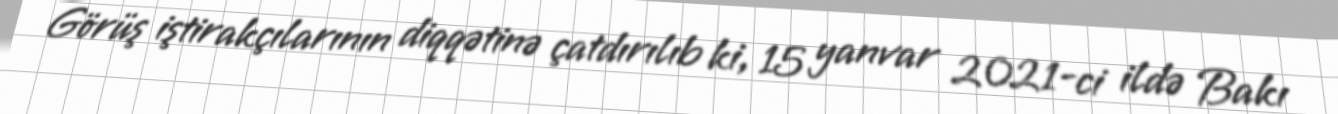
Görüş iştirakçılarının diqqətinə çatdırılıb ki, 15 yanvar 2021-ci ildə Bakı